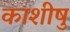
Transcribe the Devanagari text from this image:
काशीषु